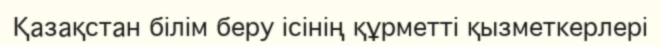
Қазақстан білім беру ісінің құрметті қызметкерлері